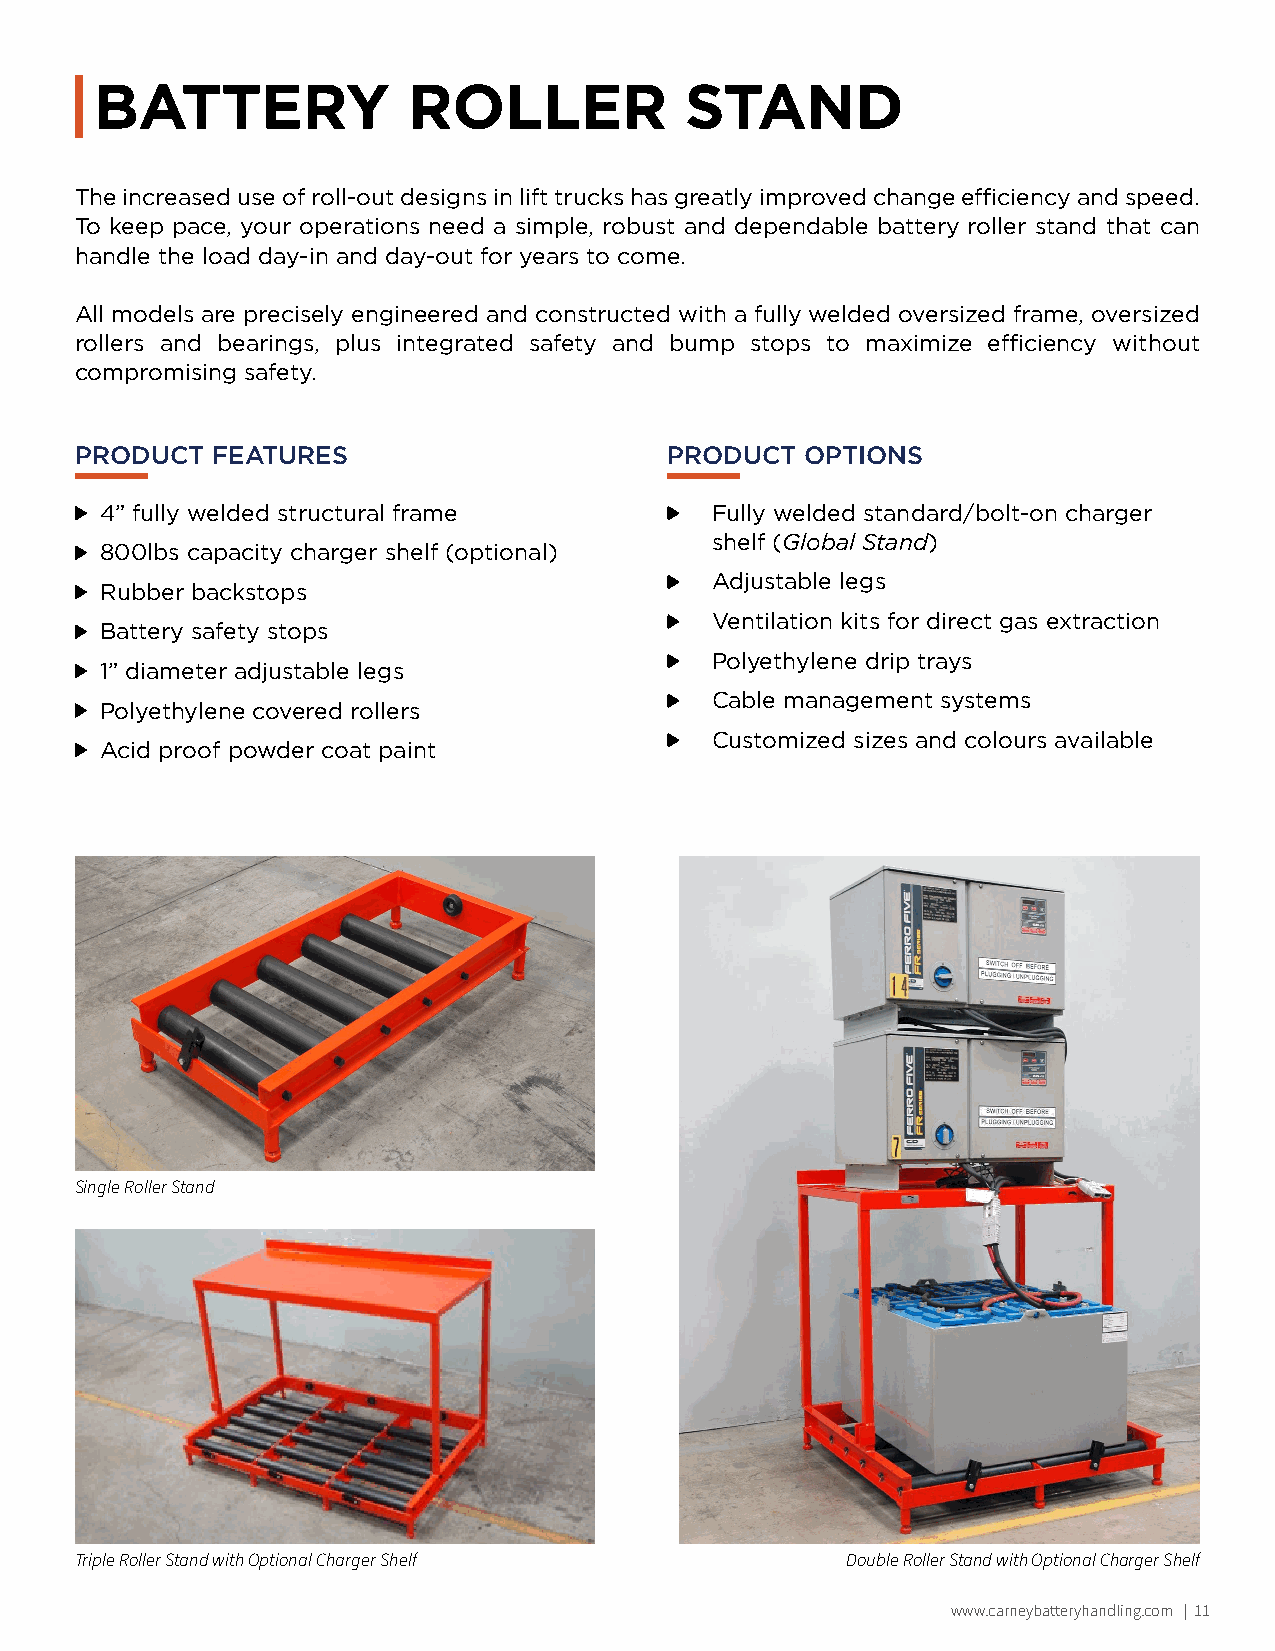
BATTERY              ROLLER            STAND
 The increased use of roll-out designs in lift trucks has greatly improved change efficiency and speed.
 To keep pace, your operations need a simple, robust and dependable battery roller stand that can
 handle the load day-in and day-out for years to come.
 All models are precisely engineered and constructed with a fully welded oversized frame, oversized
 rollers and bearings, plus integrated safety and bump stops to maximize efficiency without
 compromising safety.
 PRODUCT  FEATURES                      PRODUCT  OPTIONS
 4” fully welded structural frame        Fully welded standard/bolt-on charger
 shelf (Global Stand)
 800lbs capacity charger shelf (optional)
 Adjustable legs
 Rubber backstops
 Ventilation kits for direct gas extraction
 Battery safety stops
 Polyethylene drip trays
 1” diameter adjustable legs
 Cable management systems
 Polyethylene covered rollers
 Customized sizes and colours available
 Acid proof powder coat paint
 Single Roller Stand
 Triple Roller Stand with Optional Charger Shelf    Double Roller Stand with Optional Charger Shelf
 www.carneybatteryhandling.com | 11